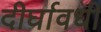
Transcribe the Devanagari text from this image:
दीर्घावधी